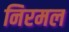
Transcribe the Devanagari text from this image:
निरमल